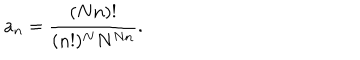
LaTeX: a _ { n } = \frac { ( N n ) ! } { ( n ! ) ^ { N } N ^ { N n } } .